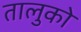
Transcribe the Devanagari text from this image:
तालुको